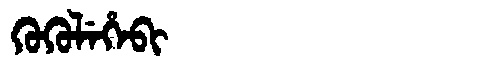
Manchu: ᡴᡠᡴᡠᠯᡝᡥᡝᠪᡳ
Romanization: KUKULEHEBI